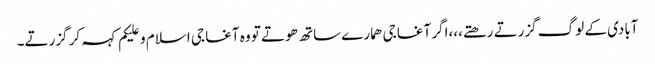
آبادی کے لوگ گزرتے رھتے،،،اگر آغا جی ھمارے ساتھ ھوتے تو وہ آغا جی اسلام و علیکم کہہ کر گزرتے۔